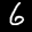
Label: 6